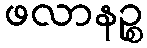
ဖလာနဉ္စ